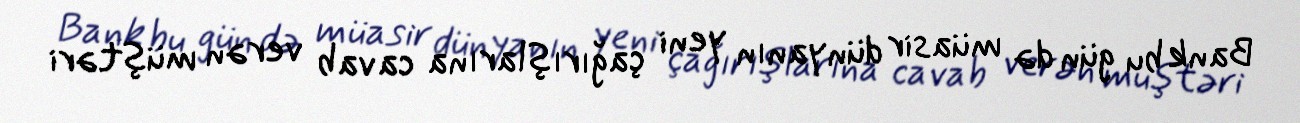
Bank bu gün də müasir dünyanın yeni çağırışlarına cavab verən müştəri